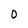
Character: 0